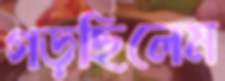
গড়ছিলেম